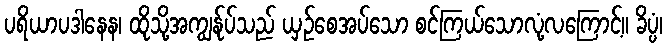
ပရိယာပဒါနေန၊ ထိုသို့အကျွန်ုပ်သည် ယှဉ်စေအပ်သော စင်ကြယ်သောလုံ့လကြောင့်။ ခိပ္ပံ၊